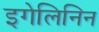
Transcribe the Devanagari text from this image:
इगेलिनिन